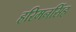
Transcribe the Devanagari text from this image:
हरिमनसिंह